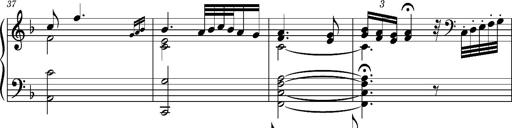
Title: Ungarischer Romanzero
Composer: Franz Liszt